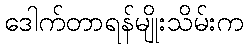
ဒေါက်တာရန်မျိုးသိမ်းက